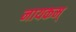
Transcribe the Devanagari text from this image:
नायकम्‌